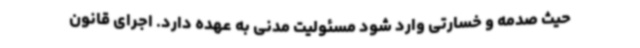
حیث صدمه و خسارتی وارد شود مسئولیت مدنی به عهده دارد. اجرای قانون